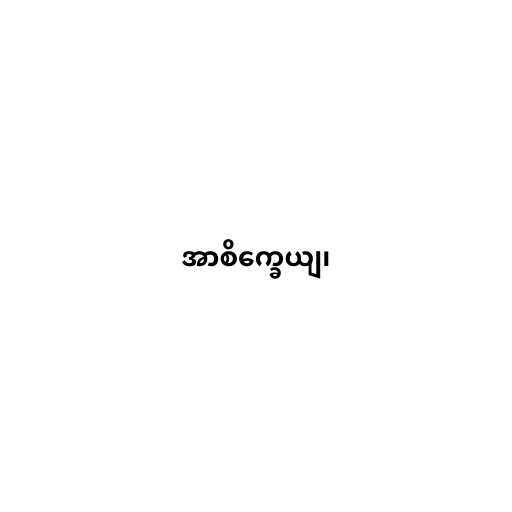
အာစိက္ခေယျ၊